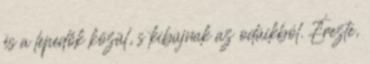
és a lepedők közül, s kibújnak az odúikból. Érezte,